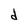
Character: d